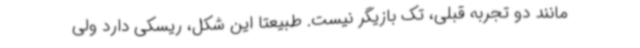
مانند دو تجربه قبلی، تک بازیگر نیست. طبیعتا این شکل، ریسکی دارد ولی